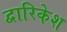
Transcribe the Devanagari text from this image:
द्वारिकेश